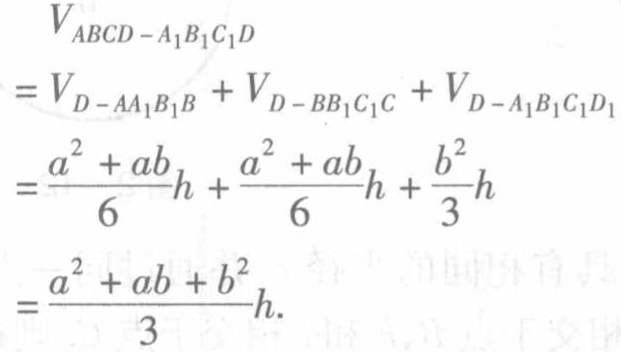
\[
\begin{align*}
V_{ABCD - A_1B_1C_1D}&=V_{D - AA_1B_1B}+V_{D - BB_1C_1C}+V_{D - A_1B_1C_1D_1}\\
&=\frac{a^{2}+ab}{6}h+\frac{a^{2}+ab}{6}h+\frac{b^{2}}{3}h\\
&=\frac{a^{2}+ab + b^{2}}{3}h.
\end{align*}
\]